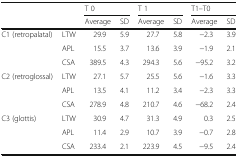
<table><thead><tr><td rowspan="2"></td><td rowspan="2"></td><td colspan="2"><b>T 0</b></td><td colspan="2"><b>T 1</b></td><td colspan="2"><b>T1–T0</b></td></tr><tr><td><b>Average</b></td><td><b>SD</b></td><td><b>Average</b></td><td><b>SD</b></td><td><b>Average</b></td><td><b>SD</b></td></tr></thead><tbody><tr><td rowspan="3">C1 (retropalatal)</td><td>LTW</td><td>29.9</td><td>5.9</td><td>27.7</td><td>5.8</td><td>−2.3</td><td>3.9</td></tr><tr><td>APL</td><td>15.5</td><td>3.7</td><td>13.6</td><td>3.9</td><td>−1.9</td><td>2.1</td></tr><tr><td>CSA</td><td>389.5</td><td>4.3</td><td>294.3</td><td>5.6</td><td>−95.2</td><td>3.2</td></tr><tr><td rowspan="3">C2 (retroglossal)</td><td>LTW</td><td>27.1</td><td>5.7</td><td>25.5</td><td>5.6</td><td>−1.6</td><td>3.3</td></tr><tr><td>APL</td><td>13.5</td><td>4.1</td><td>11.2</td><td>3.4</td><td>−2.3</td><td>3.3</td></tr><tr><td>CSA</td><td>278.9</td><td>4.8</td><td>210.7</td><td>4.6</td><td>−68.2</td><td>2.4</td></tr><tr><td rowspan="3">C3 (glottis)</td><td>LTW</td><td>30.9</td><td>4.7</td><td>31.3</td><td>4.9</td><td>0.3</td><td>2.5</td></tr><tr><td>APL</td><td>11.4</td><td>2.9</td><td>10.7</td><td>3.9</td><td>−0.7</td><td>2.8</td></tr><tr><td>CSA</td><td>233.4</td><td>2.1</td><td>223.9</td><td>4.5</td><td>−9.5</td><td>2.4</td></tr></tbody></table>